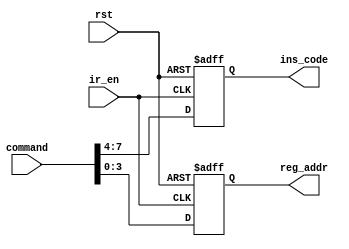
// This program was cloned from: https://github.com/buttfa/8_bits_cpu
// License: MIT License

`timescale 1ns / 1ps
//////////////////////////////////////////////////////////////////////////////////
// Company: 
// Engineer: 
// 
// Design Name: 
// Module Name: instruction_register
// Project Name: 
// Target Devices: 
// Tool Versions: 
// Description: 
// 
// Dependencies: 
// 
// Revision:
// Revision 0.01 - File Created
// Additional Comments:
// 
//////////////////////////////////////////////////////////////////////////////////


module instruction_register(
        input rst,
        input ir_en,
        input [7:0] command,

        output reg [3:0] ins_code,
        output reg [3:0] reg_addr
    );

    always @(negedge rst or posedge ir_en) begin
        if (!rst) begin
            ins_code <= 4'bZZZZ;
            reg_addr <= 4'bZZZZ;
        end else if (ir_en) begin
            ins_code <= {command[7],command[6],command[5],command[4]};
            reg_addr <= {command[3],command[2],command[1],command[0]};
        end
    end

endmodule